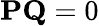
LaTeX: \mathbf{PQ}=0